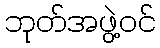
ဘုတ်အဖွဲ့ဝင်